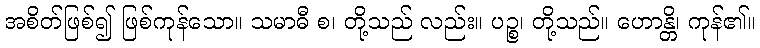
အစိတ်ဖြစ်၍ ဖြစ်ကုန်သော။ သမာဓီ စ၊ တို့သည် လည်း။ ပဉ္စ၊ တို့သည်။ ဟောန္တိ၊ ကုန်၏။